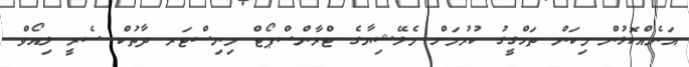
އަނެއްކޮޅުން މިކަން ތަހްގީގު ކުރުމަށް މެލޭޝިޔާގެ ޓްރާންސްޕޯޓް މިނިސްޓަރ ދާތުކް ސެރީ ލިއޯވް